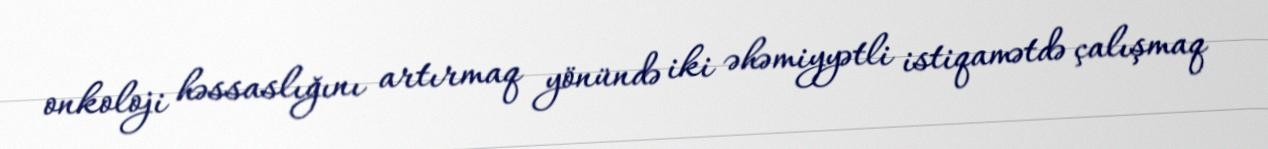
onkoloji həssaslığını artırmaq yönündə iki əhəmiyyətli istiqamətdə çalışmaq